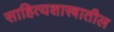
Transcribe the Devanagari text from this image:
साहित्यशास्त्रातील